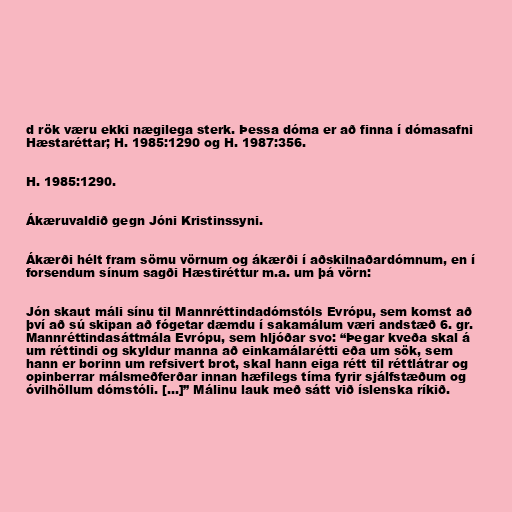
d rök væru ekki nægilega sterk. Þessa dóma er að finna í dómasafni
Hæstaréttar; H. 1985:1290 og H. 1987:356.

H. 1985:1290.

Ákæruvaldið gegn Jóni Kristinssyni.

Ákærði hélt fram sömu vörnum og ákærði í aðskilnaðardómnum, en í
forsendum sínum sagði Hæstiréttur m.a. um þá vörn:

Jón skaut máli sínu til Mannréttindadómstóls Evrópu, sem komst að
því að sú skipan að fógetar dæmdu í sakamálum væri andstæð 6. gr.
Mannréttindasáttmála Evrópu, sem hljóðar svo: “Þegar kveða skal á
um réttindi og skyldur manna að einkamálarétti eða um sök, sem
hann er borinn um refsivert brot, skal hann eiga rétt til réttlátrar og
opinberrar málsmeðferðar innan hæfilegs tíma fyrir sjálfstæðum og
óvilhöllum dómstóli. [...]” Málinu lauk með sátt við íslenska ríkið.